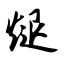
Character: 煺